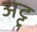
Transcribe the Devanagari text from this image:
अट्टु